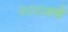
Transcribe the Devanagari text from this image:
२००७चे